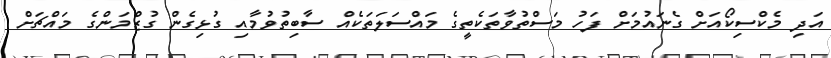
އަދި މެކްސިކޯއަށް ގެނައުމަށް ފަހު މަސްތުވާތަކެތީގެ މައްސަލަތަކެއް ސާބިތުވުމާއި ގުޅިގެން ގުޒްމަންގެ މައްޗަށް